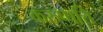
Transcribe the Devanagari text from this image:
करुप्पत्ति